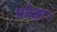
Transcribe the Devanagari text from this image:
फोड़ा।